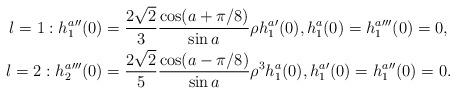
LaTeX: \begin{align*} l=1: h_{1}^{a}{}''(0) &= \frac{2\sqrt{2}}{3} \frac{\cos(a+\pi/8)}{\sin a}\rho h_{1}^{a}{}'(0) , h_{1}^{a}(0) = h_{1}^{a}{}'''(0) = 0 , \\ l=2: h_{2}^{a}{}'''(0) &= \frac{2\sqrt{2}}{5}\frac{\cos(a-\pi/8)}{\sin a}\rho^{3} h_{1}^{a}(0) , h_{1}^{a}{}'(0) = h_{1}^{a}{}''(0) = 0 .\end{align*}